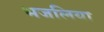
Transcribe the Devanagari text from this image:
भजलिया